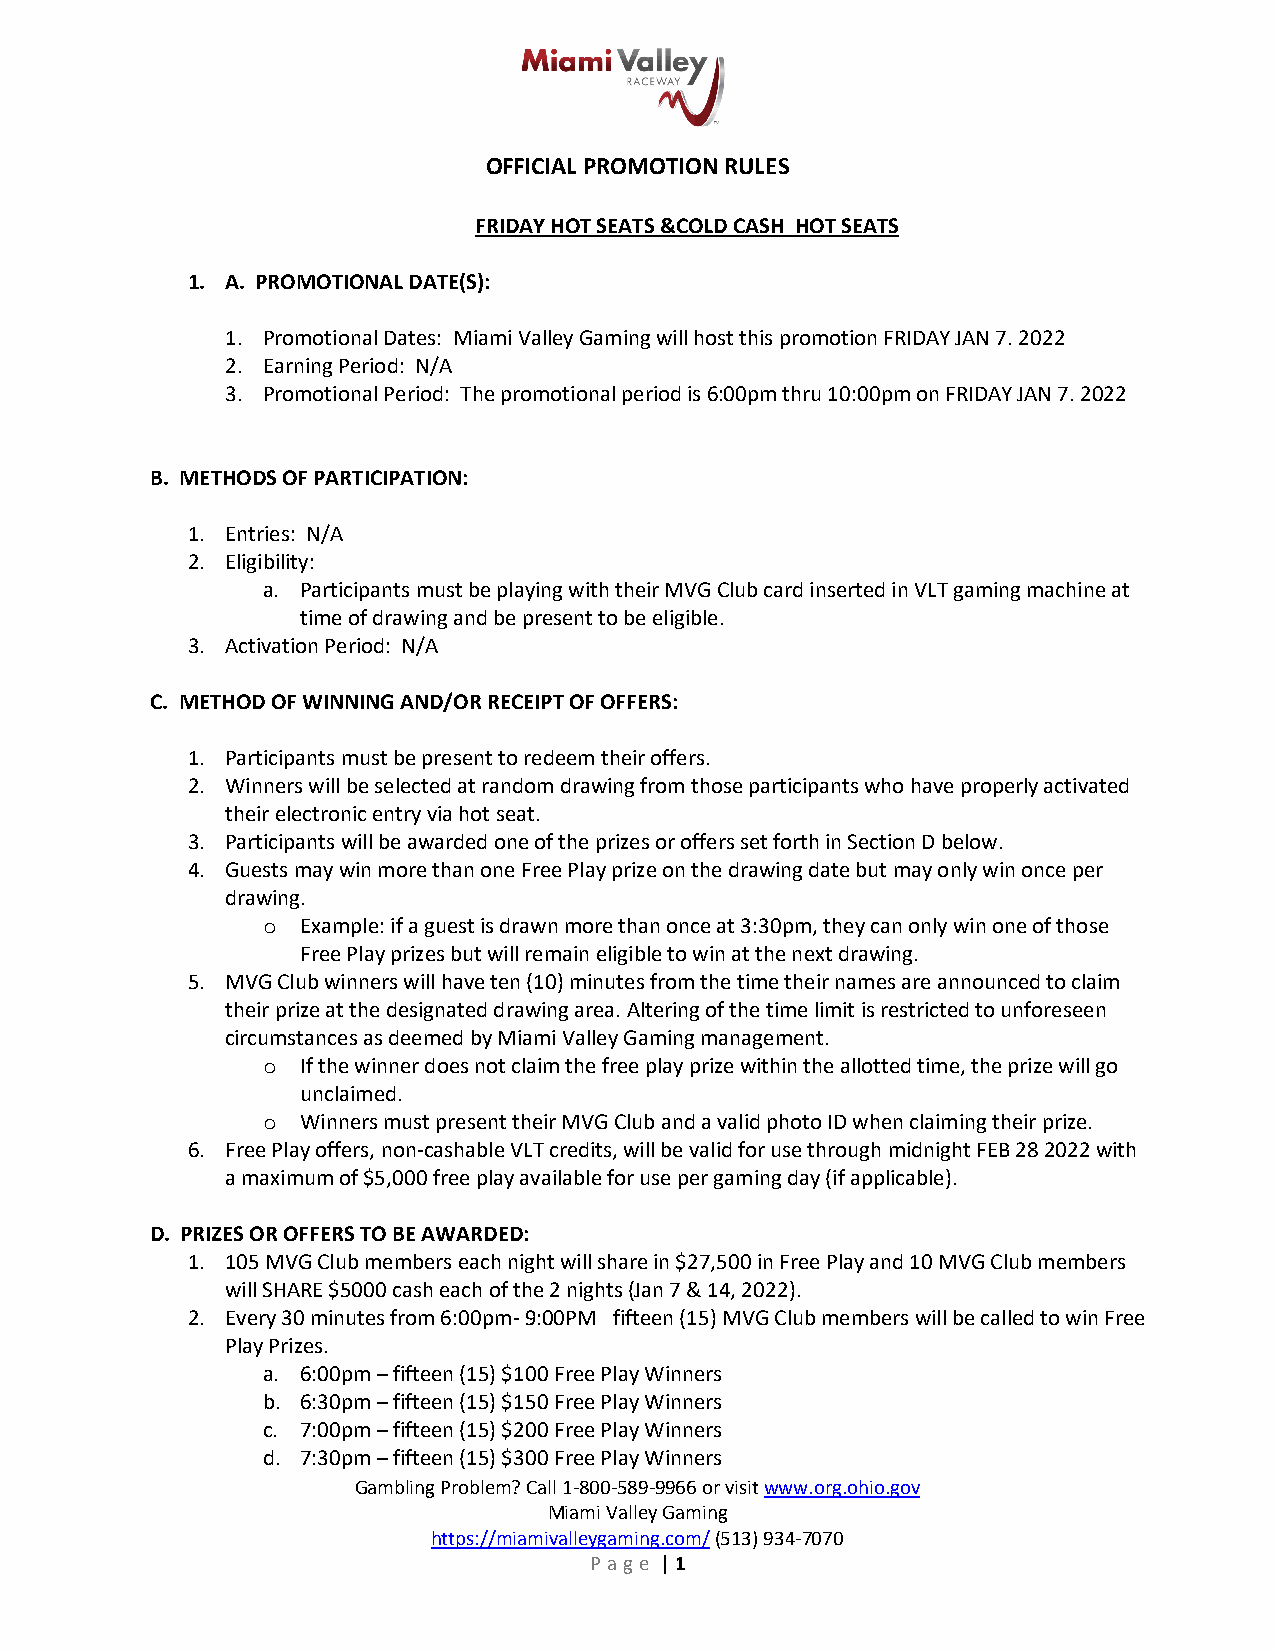
OFFICIAL PROMOTION RULES
 FRIDAY HOT SEATS &COLD CASH HOT SEATS
 1. A. PROMOTIONAL DATE(S):
 1. Promotional Dates: Miami Valley Gaming will host this promotion FRIDAY JAN 7. 2022
 2. Earning Period: N/A
 3. Promotional Period: The promotional period is 6:00pm thru 10:00pm on FRIDAY JAN 7. 2022
 B. METHODS OF PARTICIPATION:
 1. Entries: N/A
 2. Eligibility:
 a. Participants must be playing with their MVG Club card inserted in VLT gaming machine at
 time of drawing and be present to be eligible.
 3. Activation Period: N/A
 C. METHOD OF WINNING AND/OR RECEIPT OF OFFERS:
 1. Participants must be present to redeem their offers.
 2. Winners will be selected at random drawing from those participants who have properly activated
 their electronic entry via hot seat.
 3. Participants will be awarded one of the prizes or offers set forth in Section D below.
 4. Guests may win more than one Free Play prize on the drawing date but may only win once per
 drawing.
 o  Example: if a guest is drawn more than once at 3:30pm, they can only win one of those
 Free Play prizes but will remain eligible to win at the next drawing.
 5. MVG Club winners will have ten (10) minutes from the time their names are announced to claim
 their prize at the designated drawing area. Altering of the time limit is restricted to unforeseen
 circumstances as deemed by Miami Valley Gaming management.
 o  If the winner does not claim the free play prize within the allotted time, the prize will go
 unclaimed.
 o  Winners must present their MVG Club and a valid photo ID when claiming their prize.
 6. Free Play offers, non-cashable VLT credits, will be valid for use through midnight FEB 28 2022 with
 a maximum of $5,000 free play available for use per gaming day (if applicable).
 D. PRIZES OR OFFERS TO BE AWARDED:
 1. 105 MVG Club members each night will share in $27,500 in Free Play and 10 MVG Club members
 will SHARE $5000 cash each of the 2 nights (Jan 7 & 14, 2022).
 2. Every 30 minutes from 6:00pm- 9:00PM fifteen (15) MVG Club members will be called to win Free
 Play Prizes.
 a. 6:00pm – fifteen (15) $100 Free Play Winners
 b. 6:30pm – fifteen (15) $150 Free Play Winners
 c. 7:00pm – fifteen (15) $200 Free Play Winners
 d. 7:30pm – fifteen (15) $300 Free Play Winners
 Gambling Problem? Call 1-800-589-9966 or visit www.org.ohio.gov
 Miami Valley Gaming
 https://miamivalleygaming.com/ (513) 934-7070
 Page | 1